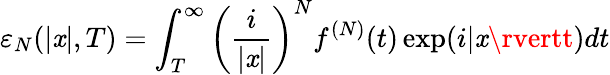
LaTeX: \varepsilon_{N}(\lvert\mathit{x}\rvert,T)=\int_{T}^{\infty}\left(\frac{{i}}{{\lvert\mathit{x}\rvert}}\right)^{N}f^{(N)}(t)\exp(i\lvert\mathit{x}\rvertt)dt